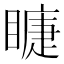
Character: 𥊆